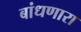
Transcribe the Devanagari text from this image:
बांधणारा